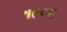
૧૯૦૬